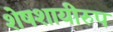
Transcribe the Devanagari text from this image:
शेषशायीरुप